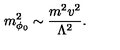
m _ { \phi _ { 0 } } ^ { 2 } \sim { \frac { m ^ { 2 } v ^ { 2 } } { \Lambda ^ { 2 } } } .